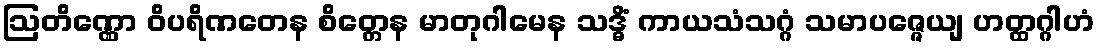
ဩတိဏ္ဏော ဝိပရိဏတေန စိတ္တေန မာတုဂါမေန သဒ္ဓိံ ကာယသံသဂ္ဂံ သမာပဇ္ဇေယျ ဟတ္ထဂ္ဂါဟံ